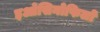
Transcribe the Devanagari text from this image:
इओसिनोफिलों